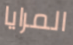
المرايا